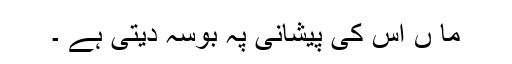
ما ں اس کی پیشانی پہ بوسہ دیتی ہے ۔